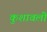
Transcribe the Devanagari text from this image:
कुशावली